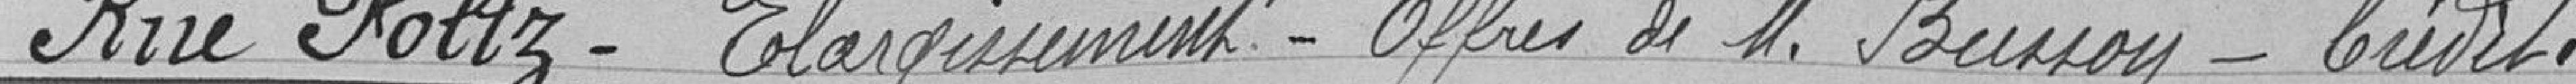
Rue Foliz - Élargissement - Offres de Monsieur Busson - Crédit.